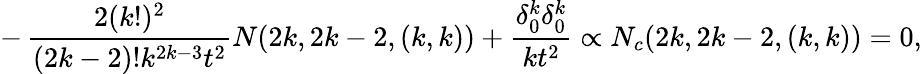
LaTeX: -\, {\frac{2(k!)^{2}}{(2k-2)!k^{2k-3}t^{2}}}N(2k,2k-2,(k,k))+{\frac{\delta_{0}^{k}\delta_{0}^{k}}{kt^{2}}}\propto N_{c}(2k,2k-2,(k,k))=0,